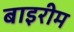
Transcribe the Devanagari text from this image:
बाइरीम